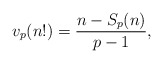
\begin{align*}v_p(n!)=\frac{n-S_p(n)}{p-1},\end{align*}